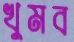
খুমব